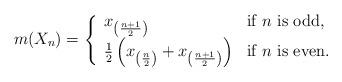
LaTeX: \begin{align*}m(X_{n}) = \left\{ \begin{array}{ll}x_{\left( \frac{n+1}{2} \right) } & \textrm{if $n$ is odd,} \\\frac{1}{2} \left( x_{\left( \frac{n}{2} \right) } + x_{\left( \frac{n+1}{2} \right) } \right)& \textrm{if $n$ is even.}\end{array} \right.\end{align*}